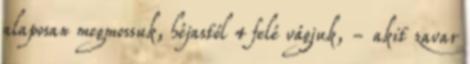
alaposan megmossuk, héjastól 4 felé vágjuk, - akit zavar